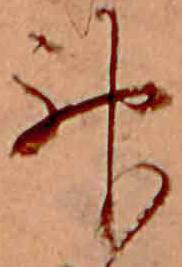
神